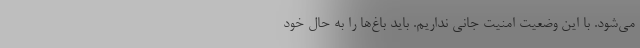
می‌شود. با این وضعیت امنیت جانی نداریم. باید باغ‌ها را به حال خود